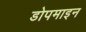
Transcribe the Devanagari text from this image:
डोपमाइन